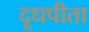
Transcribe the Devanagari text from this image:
दूधपीता